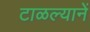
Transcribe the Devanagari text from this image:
टाळल्यानें